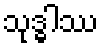
သုဒ္ဓါဿ